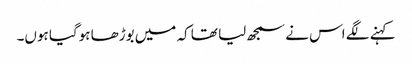
کہنے لگے اس نے سمجھ لیا تھا کہ میں بوڑھا ہوگیا ہوں۔